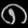
Digit: ၈